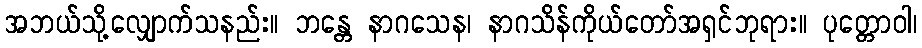
အဘယ်သို့လျှောက်သနည်း။ ဘန္တေ နာဂသေန၊ နာဂသိန်ကိုယ်တော်အရှင်ဘုရား။ ပုတ္တောဝါ၊